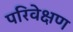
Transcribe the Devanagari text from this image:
परिवेक्षण